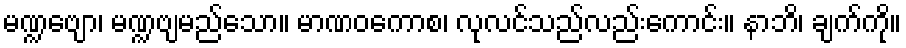
မဏ္ဍဗျော၊ မဏ္ဍဗျမည်သော။ မာဏဝကောစ၊ လုလင်သည်လည်းကောင်း။ နာဘိ၊ ချက်ကို။